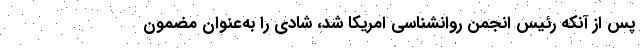
پس از آنکه رئیس انجمن روانشناسی امریکا شد، شادی را به‌عنوان مضمون